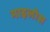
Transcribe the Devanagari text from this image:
माइलोस